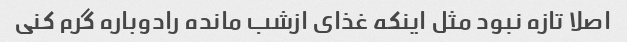
اصلا تازه نبود مثل اینکه غذای ازشب مانده رادوباره گرم کنی